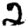
Digit: 2